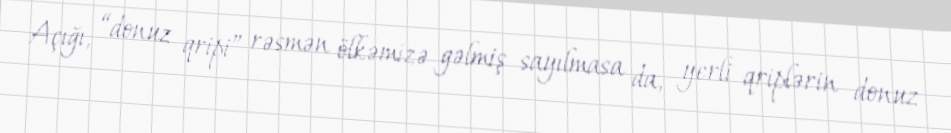
Açığı, “donuz qripi” rəsmən ölkəmizə gəlmiş sayılmasa da, yerli qriplərin donuz